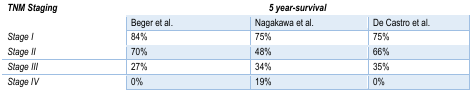
| TNM Staging |  | 5 year-survival |  |
 | --- | --- | --- | --- |
 |  | Beger et al. | Nagakawa et al. | De Castro et al. |
 | Stage I | 84% | 75% | 75% |
 | Stage II | 70% | 48% | 66% |
 | Stage III | 27% | 34% | 35% |
 | Stage IV | 0% | 19% | 0% |